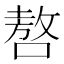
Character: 嗸